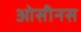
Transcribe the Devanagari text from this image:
ओसीनस